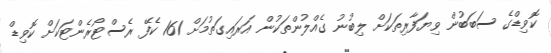
ކޮވިޑްގެ ސަބަބުން ވިޔަފާރިތަކަށް ލިބުނު ގެއްލުންތަކުން އަރައިގަތުމަށް 161 ކެފޭ ރެސްޓޯރެންޓަކަށް ކޮވިޑް